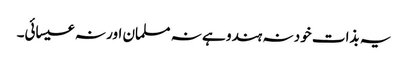
یہ بذات خود نہ ہندو ہے نہ مسلمان اور نہ عیسائی۔